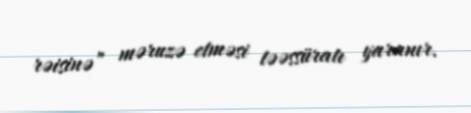
rəisinə” məruzə etməsi təəssüratı yaranır.